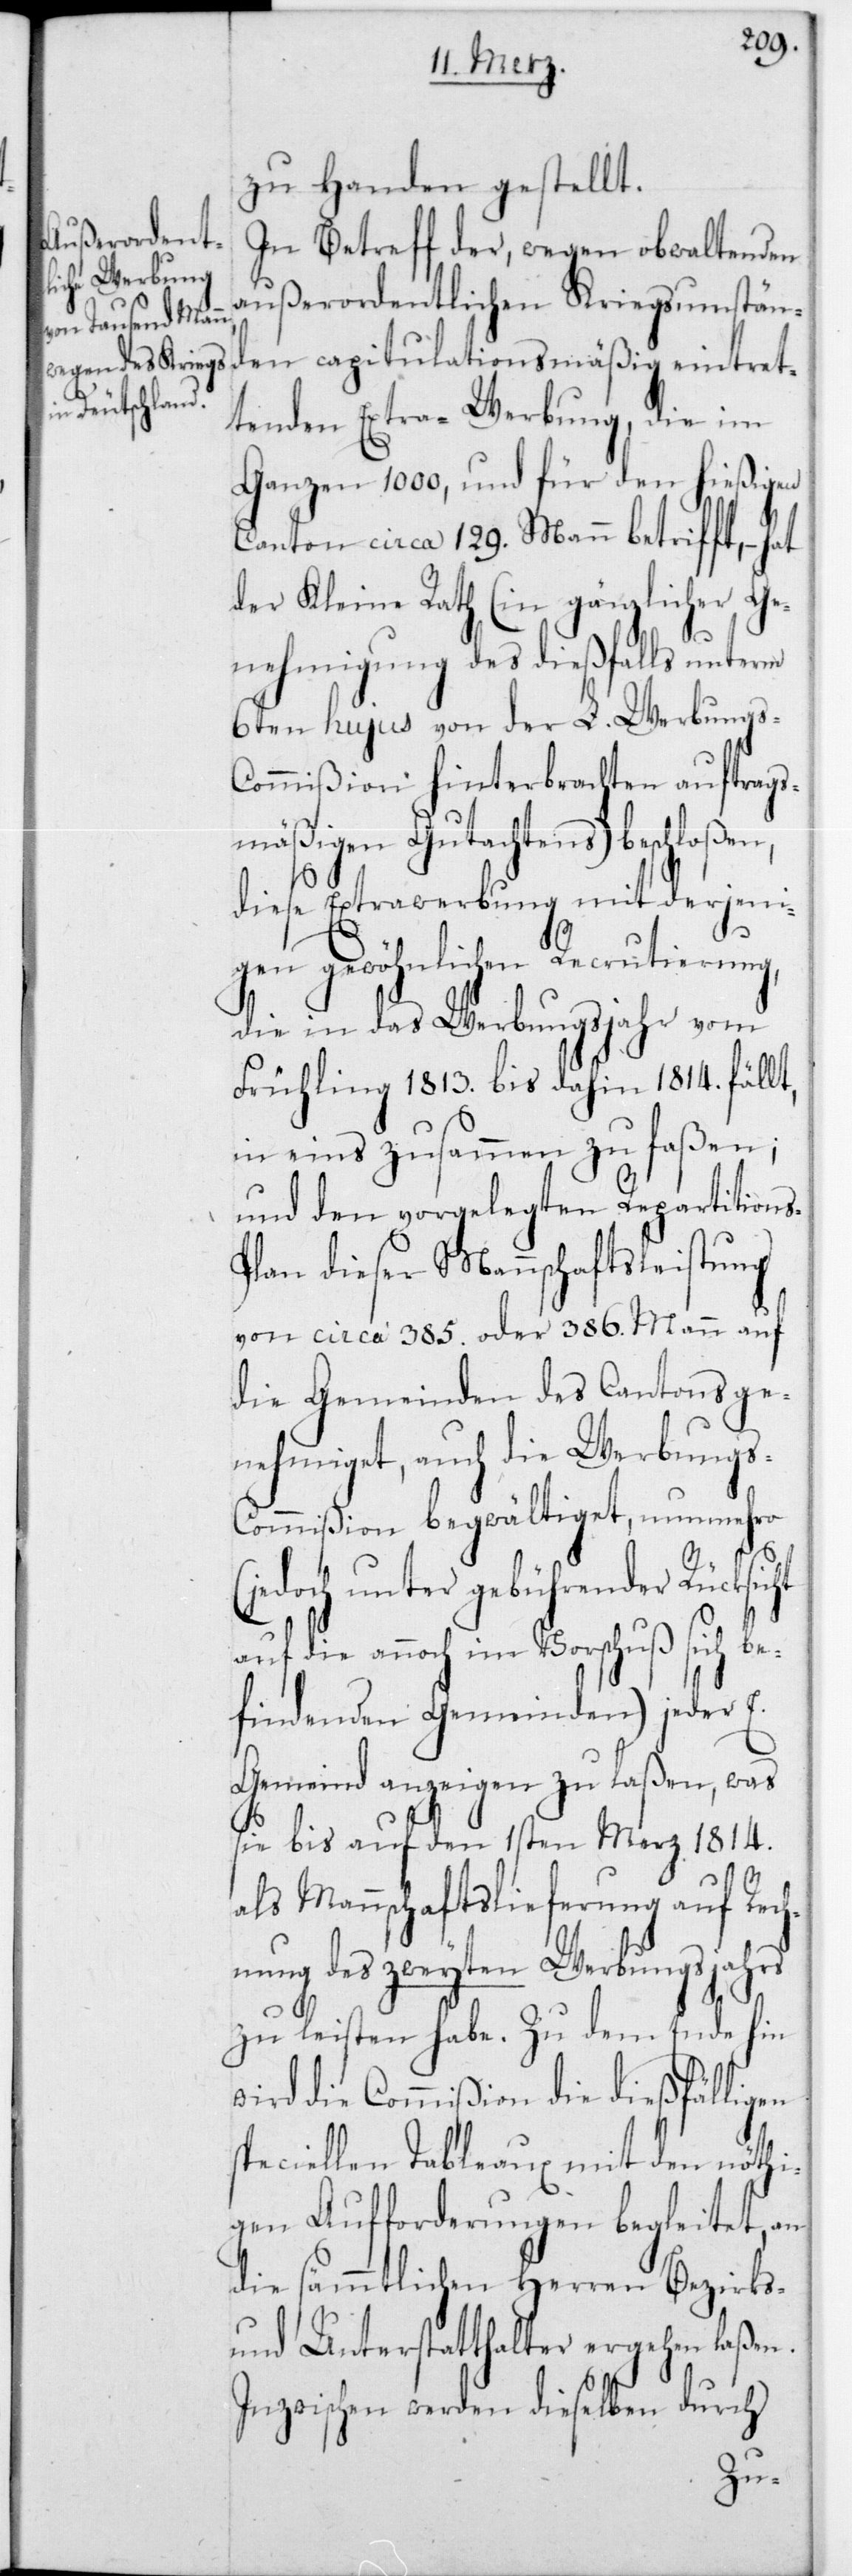
zu Handen gestellt.
In Betreff der, wegen obwaltenden
außerordentlichen Kriegsumstän¬
den capitulationsmäßig eintret¬
tenden Extra-Werbung, die im
Ganzen 1000, und für den hießigen
Canton circa 129 Mann betrifft, –
der Kleine Rath (in gänzlicher Ge¬
nehmigung des dießfalls unterm
6ten hujus von der L. Werbungs-C¬
ommißion hinterbrachten auftrags¬
mäßigen Gutachtens) beschloßen,
diese Extrawerbung mit derjeni¬
gen gewöhnlichen Recrutierung,
die in das Werbungsjahr vom
Frühling 1813 bis dahin 1814 fällt,
in eins zusammen zu faßen;
und den vorgelegten Repartition¬
lan dieser Mannschaftsleistung
von circa 385 oder 386 Mann auf
die Gemeinden des Cantons ge¬
nehmiget, auch die Werbungs-C¬
ommißion begwältiget, nunmehro
edoch unter gebührender Rücksic¬
die annoch im Vorschuß sich be¬
findenden Gemeinden) jeder E.
Gemeind anzeigen zu laßen, was
sie bis auf den 1sten März 1814
als Mannschaftslieferung auf Rech¬
nung des zweyten Werbungsjahrs
zu leisten habe. Zu dem Ende hin
wird die Commißion die dießfälligen
speciellen Tableaux mit den nöthi¬
gen Aufforderungen begleitet, an
die sämmtlichen Herren Bezirks-
und Unterstatthalter ergehen
Inzwischen werden dieselben durch
ht